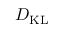
D _ { \mathrm { K L } }